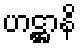
ဟဋ္ဌာနိ